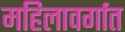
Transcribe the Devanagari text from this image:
महिलावर्गात